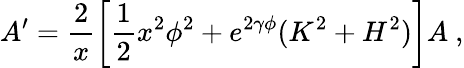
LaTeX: A^{\prime}=\frac{2}{x}\left[\frac{1}{2}x^{2}\phi^{2}+e^{2\gamma\phi}(K^{2}+H^{2})\right]A\ ,